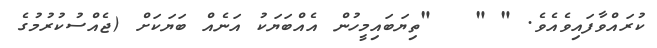
ކުރައްވާފައިވެއެވެ. " "   "ތިޔަބައިމީހުން އެއްބަޔަކު އަނެއް ބަޔަކަށް (ޖެއްސުކުރުމުގެ